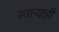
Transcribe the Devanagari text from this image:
स्वाऱ्याही